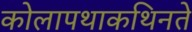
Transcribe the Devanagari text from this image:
कोलापथाकथिनते